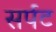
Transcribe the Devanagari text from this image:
सर्पट